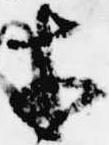
才